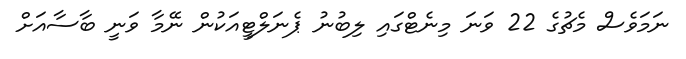
ނަމަވެސް މެޗުގެ 22 ވަނަ މިނެޓްގައި ލިބުނު ޕެނަލްޓީއަކުން ނޭމާ ވަނީ ބާސާއަށް